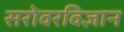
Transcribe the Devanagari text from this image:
सरोवरविज्ञान